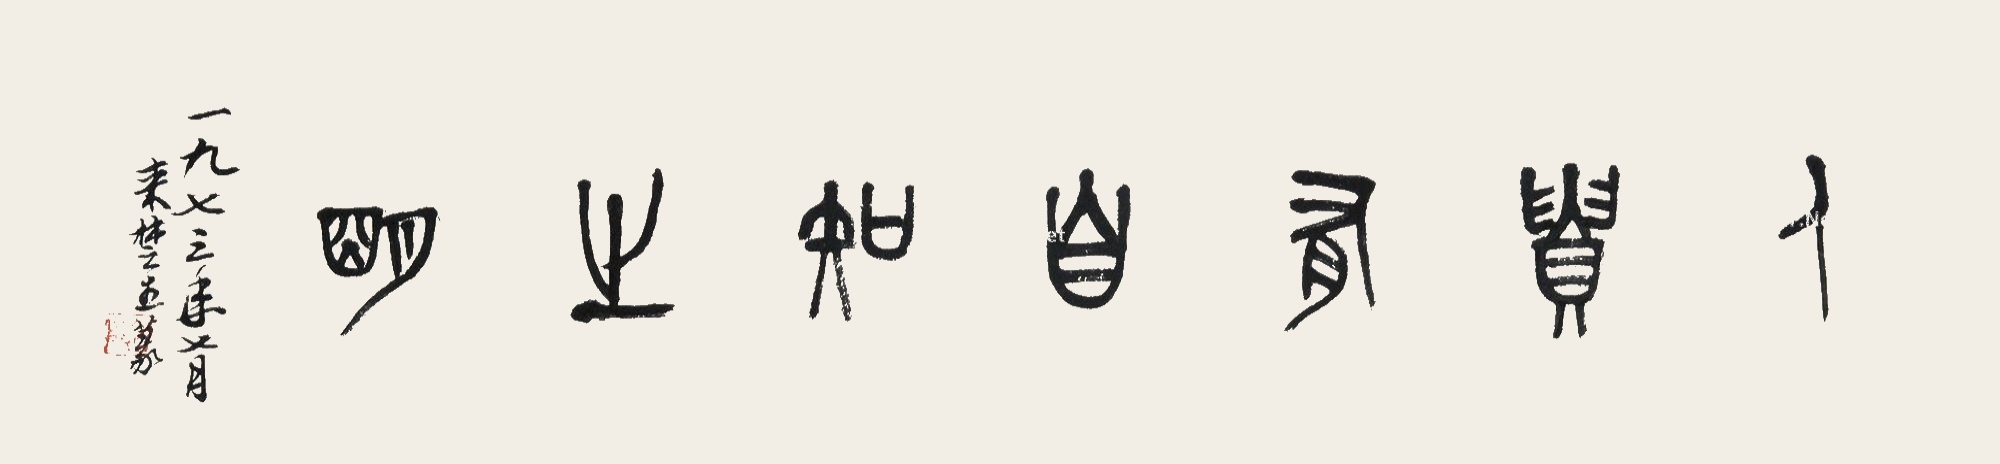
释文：人贵有自知之明。一九七三年七月来楚生篆。